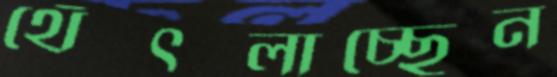
থেঁৎলাচ্ছেন